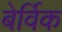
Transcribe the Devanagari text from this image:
बेर्विक